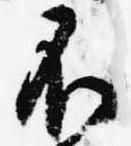
不